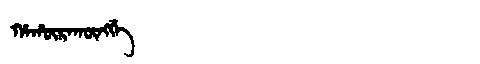
Manchu: ᡥᠠᡥᡡᡵᠠᡴᡡᠩᡤᡝ
Romanization: HAHŪRAKŪNGGE